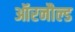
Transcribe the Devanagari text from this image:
ऑरनौल्ड